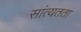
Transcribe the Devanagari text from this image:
सांत्यतता